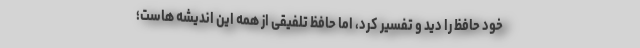
خود حافظ را دید و تفسیر کرد، اما حافظ تلفیقی از همه این اندیشه هاست؛